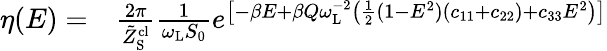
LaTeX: \begin{array}{rl}{\eta(E)=}&{{}\frac{2\pi}{\tilde{Z}_{\mathrm{S}}^{\mathrm{cl}}}\frac{1}{\omega_{\mathrm{L}}S_{0}}e^{\left[-\beta E+\beta Q\omega_{\mathrm{L}}^{-2}\left(\frac{1}{2}(1-E^{2})(c_{11}+c_{22})+c_{33}E^{2}\right)\right]}}\end{array}